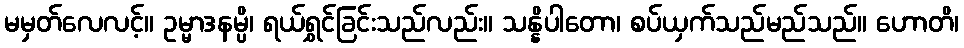
မမှတ်လေလင့်။ ဥမ္မာဒနမ္ပိ၊ ရယ်ရွှင်ခြင်းသည်လည်း။ သန္နိပါတော၊ စပ်ယှက်သည်မည်သည်။ ဟောတိ၊